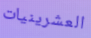
العشرينيات